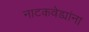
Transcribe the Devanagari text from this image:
नाटकवेड्यांना